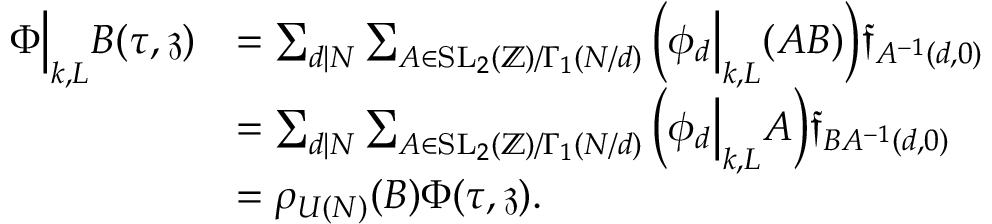
\begin{array} { r l } { \Phi \Big | _ { k , L } B ( \tau , \mathfrak { z } ) } & { = \sum _ { d | N } \sum _ { A \in \mathrm { S L } _ { 2 } ( \mathbb { Z } ) / \Gamma _ { 1 } ( N / d ) } \Big ( \phi _ { d } \Big | _ { k , L } ( A B ) \Big ) \mathfrak { f } _ { A ^ { - 1 } ( d , 0 ) } } \\ & { = \sum _ { d | N } \sum _ { A \in \mathrm { S L } _ { 2 } ( \mathbb { Z } ) / \Gamma _ { 1 } ( N / d ) } \Big ( \phi _ { d } \Big | _ { k , L } A \Big ) \mathfrak { f } _ { B A ^ { - 1 } ( d , 0 ) } } \\ & { = \rho _ { U ( N ) } ( B ) \Phi ( \tau , \mathfrak { z } ) . } \end{array}